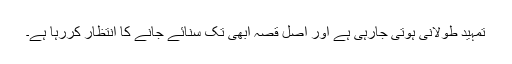
تمہید طُولانی ہوتی جارہی ہے اور اصل قصّہ ابھی تک سنائے جانے کا انتظار کررہا ہے۔